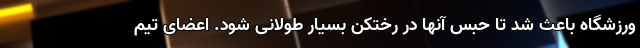
ورزشگاه باعث شد تا حبس آنها در رختکن بسیار طولانی شود. اعضای تیم